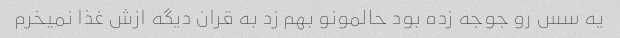
یه سس رو جوجه زده بود حالمونو بهم زد به قران دیگه ازش غذا نمیخرم